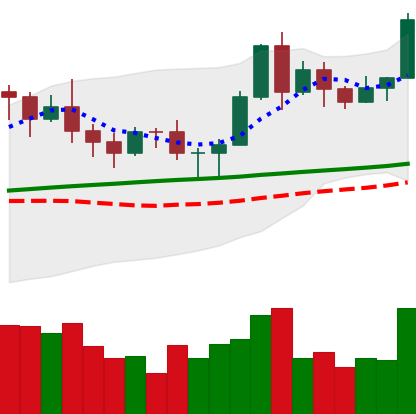
Ticker: LTC-USD
Chart end date: 2020-11-13
Forward return: 12.585%
Label: up_7plus